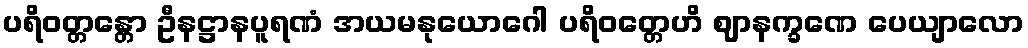
ပရိဝတ္တန္တော ဦနဋ္ဌာနပူရဏံ အယမနုယောဂေါ ပရိဝတ္တေဟိ ဈာနက္ခဏေ ပေယျာလော